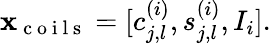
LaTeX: \mathbf x_{\mathrm{~c~o~i~l~s~}}=[c_{j,l}^{(i)},s_{j,l}^{(i)},I_{i}].